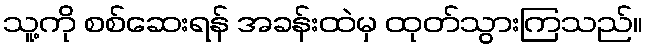
သူ့ကို စစ်ဆေးရန် အခန်းထဲမှ ထုတ်သွားကြသည်။